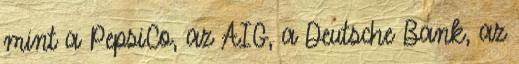
mint a PepsiCo, az AIG, a Deutsche Bank, az